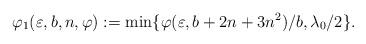
LaTeX: \begin{align*}\varphi_1(\varepsilon,b,n,\varphi):=\min\{\varphi(\varepsilon,b+2n+3n^2)/b,\lambda_0/2\}.\end{align*}